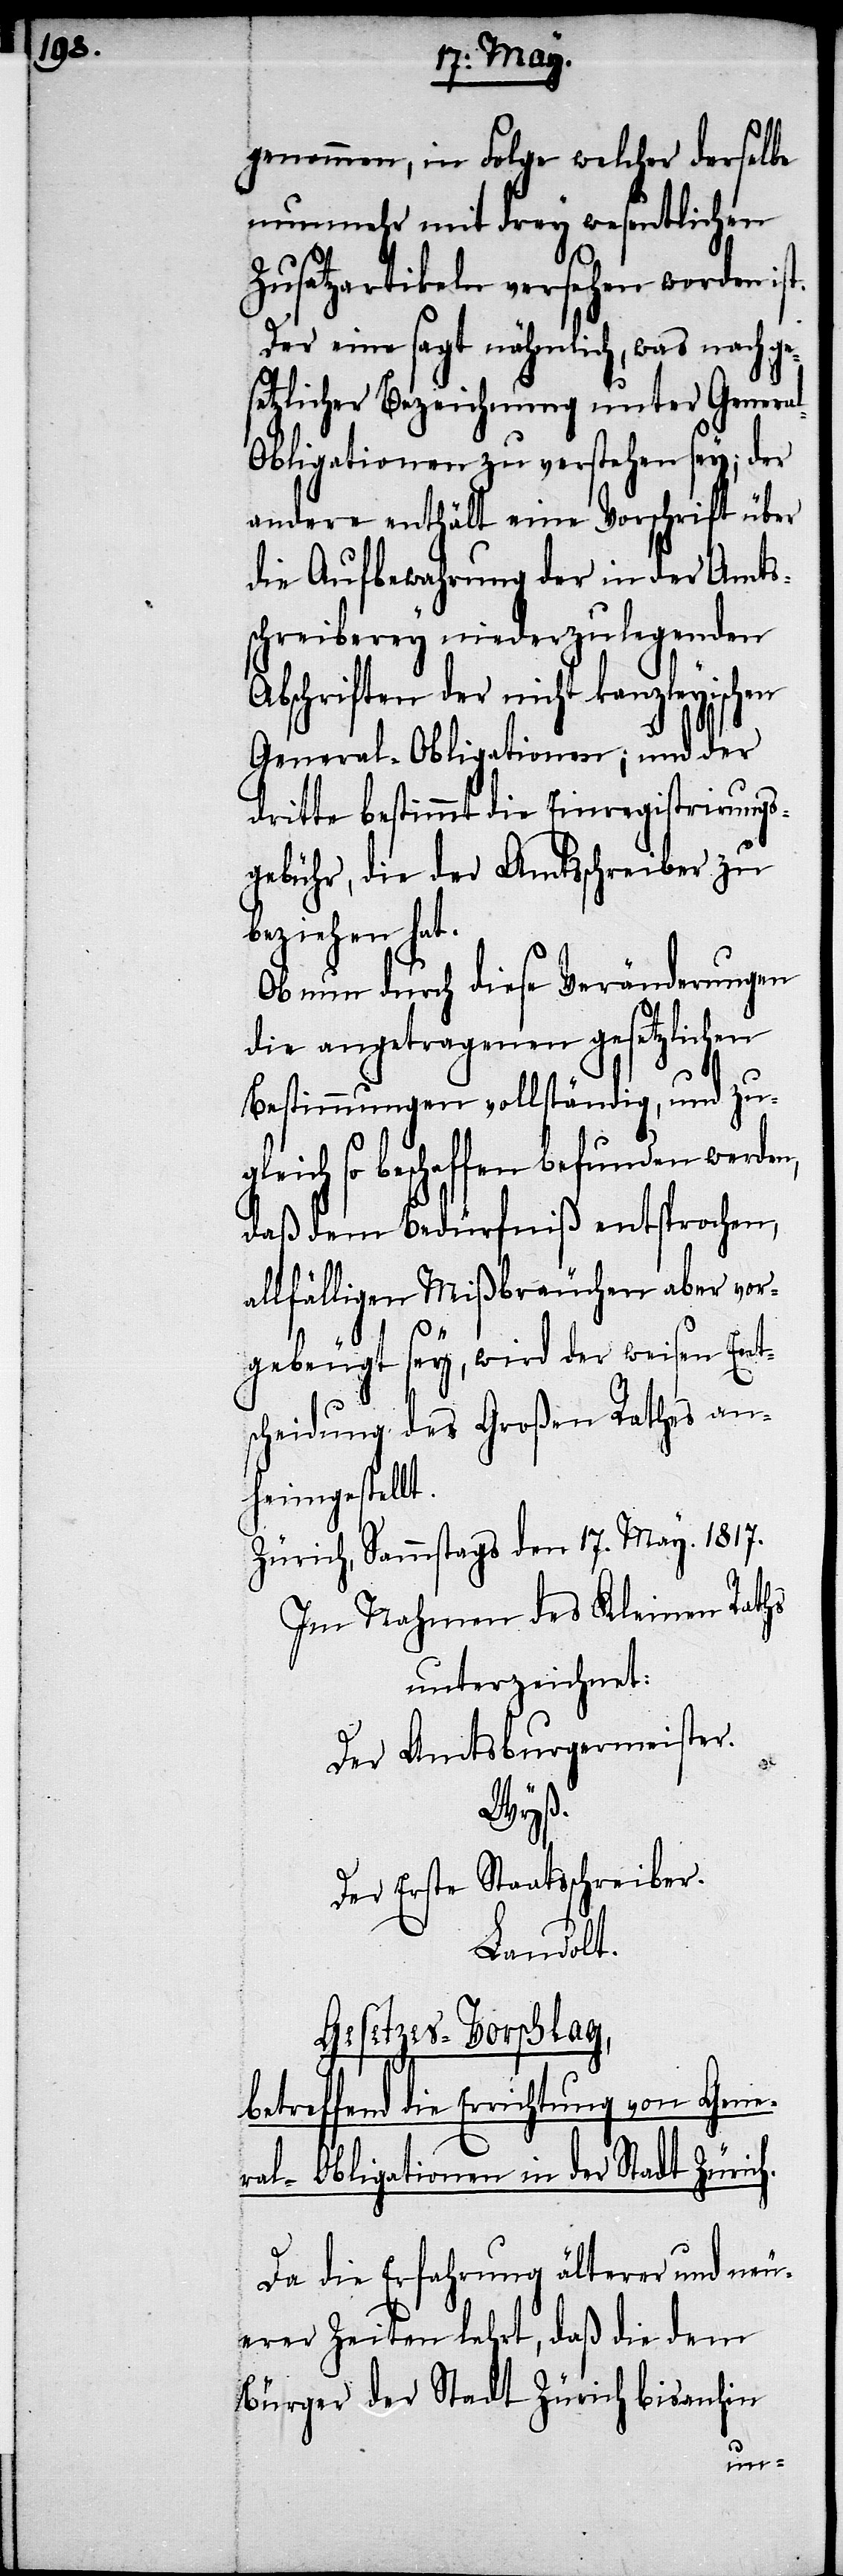
genommen, in Folge welcher derselbe
nunmehr mit drey wesentlichen
Zusatzartikeln versehen worden ist.
Der eine sagt nähmlich, was nach ge¬
setzlicher Bezeichnung unter Genera¬
l-Obligationen zu verstehen sey; der
andere enthält eine Vorschrift über
die Aufbewahrung der in der Amts¬
schreibung niederzulegenden
Abschriften der nicht kanzleyischen
General-Obligationen; und der
dritte bestimmt die Einregistrirungs¬
gebühr, die der Amtsschreiber zu
beziehen hat.
Ob nun durch diese Veränderungen
die angetragenen gesetzlichen
Bestimmungen vollständig, und zu¬
gleich so beschaffen befunden werden,
daß dem Bedürfniß entsprochen,
allfälligen Mißbräuchen aber vor¬
gebeugt sey, wird der weisen Ent¬
scheidung des Großen Rathes an¬
heimgestellt.
Zürich, Sammstags den 17. May. 1817.
Im Nahmen des Kleinen Raths
unterzeichnet:
Der Amtsburgermeister.
Wyß.
Der Erste Staatsschreiber.
Landolt.
Gesetzes-Vorschlag,
betreffend die Errichtung von Gene¬
ral-Obligationen in der Stadt Zürich.
Da die Erfahrung älterer und neu¬
erer Zeiten lehrt, daß die dem
Bürger der Stadt Zürich bisanhin